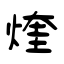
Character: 煃